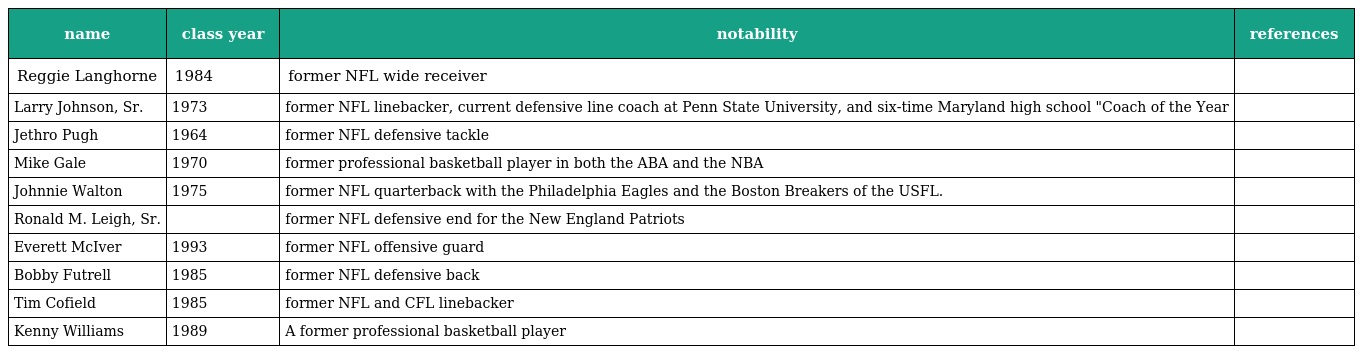
| name | class year | notability | references |
 | --- | --- | --- | --- |
 | Reggie Langhorne | 1984 | former NFL wide receiver |  |
 | Larry Johnson, Sr. | 1973 | former NFL linebacker, current defensive line coach at Penn State University, and six-time Maryland high school "Coach of the Year |  |
 | Jethro Pugh | 1964 | former NFL defensive tackle |  |
 | Mike Gale | 1970 | former professional basketball player in both the ABA and the NBA |  |
 | Johnnie Walton | 1975 | former NFL quarterback with the Philadelphia Eagles and the Boston Breakers of the USFL. |  |
 | Ronald M. Leigh, Sr. |  | former NFL defensive end for the New England Patriots |  |
 | Everett McIver | 1993 | former NFL offensive guard |  |
 | Bobby Futrell | 1985 | former NFL defensive back |  |
 | Tim Cofield | 1985 | former NFL and CFL linebacker |  |
 | Kenny Williams | 1989 | A former professional basketball player |  |